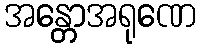
အန္တောအရုဏေ